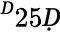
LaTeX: ^Ḋ25Ḍ